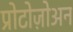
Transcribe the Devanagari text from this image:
प्रोटोज़ोअन